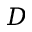
D